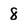
Character: 8